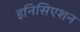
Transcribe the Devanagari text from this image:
इनिसिएशन